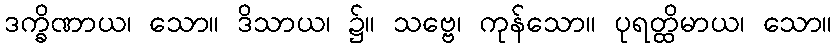
ဒက္ခိဏာယ၊ သော။ ဒိသာယ၊ ၌။ သဗ္ဗေ၊ ကုန်သော။ ပုရတ္ထိမာယ၊ သော။